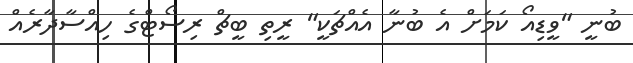
ބުނީ "ވީޑިއޯ ކަމަށް އެ ބުނާ އެއްޗަކީ" ރީތި ބީޗް ރިސޯޓްގެ ހިއްސާދާރެއް